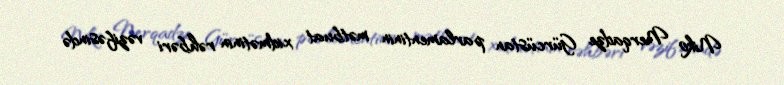
Niko Nerqadze Gürcüstan parlamentinin mətbuat xidmətinin rəhbəri vəzifəsində